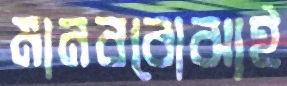
মানববোঝাই